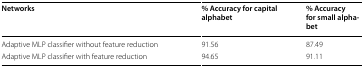
<table><thead><tr><td><b>Networks</b></td><td><b>% Accuracy for capital alphabet</b></td><td><b>% Accuracy for small alphabet</b></td></tr></thead><tbody><tr><td>Adaptive MLP classifier without feature reduction</td><td>91.56</td><td>87.49</td></tr><tr><td>Adaptive MLP classifier with feature reduction</td><td>94.65</td><td>91.11</td></tr></tbody></table>